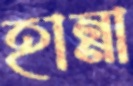
হান্না